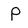
Character: P